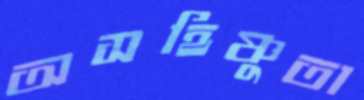
অসহিষ্ণুতা